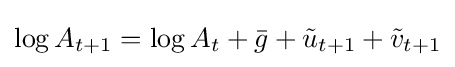
\log A_{t+1}=\log A_{t}+{\bar {g}}+{\tilde {u}}_{t+1}+{\tilde {v}}_{t+1}